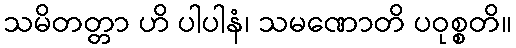
သမိတတ္တာ ဟိ ပါပါနံ၊ သမဏောတိ ပဝုစ္စတိ။